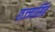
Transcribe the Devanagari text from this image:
छज्जासिंह